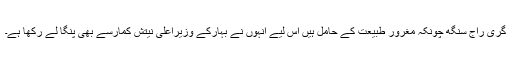
گری راج سنگھ چونکہ مغرور طبیعت کے حامل ہیں اس لیے انہوں نے بہارکے وزیراعلیٰ نیتش کمارسے بھی پنگا لے رکھا ہے۔